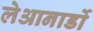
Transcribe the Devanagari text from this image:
लेआनार्डो